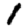
Digit: 1